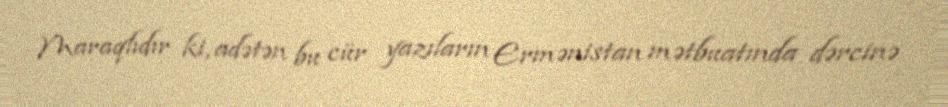
Maraqlıdır ki, adətən bu cür yazıların Ermənistan mətbuatında dərcinə